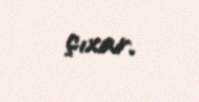
çıxar.